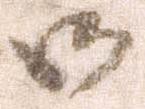
御